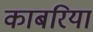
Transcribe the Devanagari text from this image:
काबरिया